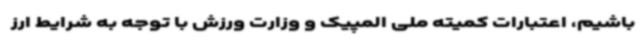
باشیم، اعتبارات کمیته ملی المپیک و وزارت ورزش با توجه به شرایط ارز